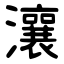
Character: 瀼